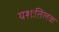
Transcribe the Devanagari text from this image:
यशःतिलक